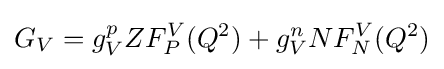
G_{V}=g_{V}^{p}ZF_{P}^{V}(Q^{2})+g_{V}^{n}NF_{N}^{V}(Q^{2})